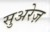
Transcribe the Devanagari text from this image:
सुअरेज़